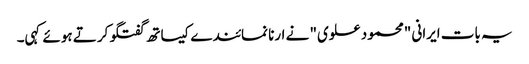
یہ بات ایرانی "محمود علوی" نے ارنا نمائندے کیساتھ گفتگو کرتے ہوئے کہی۔